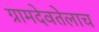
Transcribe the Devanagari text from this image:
ग्रामदेवतेलाच